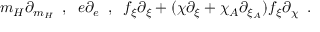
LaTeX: m _ { H } \partial _ { m _ { H } } \; \; , \; \; e \partial _ { e } \; \; , \; \; f _ { \xi } \partial _ { \xi } + ( \chi \partial _ { \xi } + \chi _ { A } \partial _ { \xi _ { A } } ) f _ { \xi } \partial _ { \chi } \; \; .